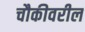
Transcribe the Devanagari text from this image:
चौकीवरील